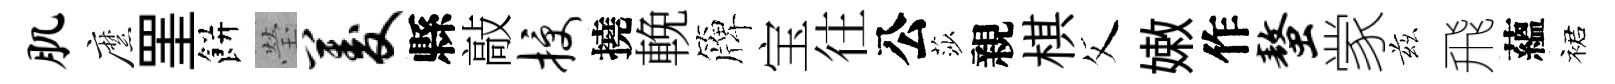
肌縻罣餅瑩菱縣敲授撓輓簰宝往公莎親棋父嫩作螯䝉兹飛蘊裙